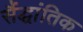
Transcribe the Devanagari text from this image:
सैंद्धांतिक